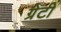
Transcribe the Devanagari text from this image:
ग्रेटी